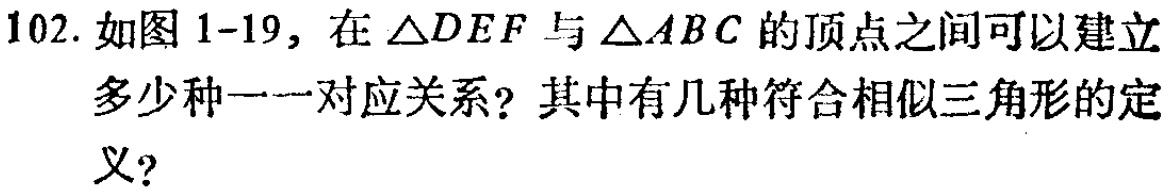
102. 如图1-19，在$\triangle DEF$与$\triangle ABC$的顶点之间可以建立多少种一一对应关系？其中有几种符合相似三角形的定义？